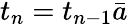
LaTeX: t_{n}=t_{n-1}\bar{a}